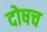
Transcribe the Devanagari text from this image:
दोषच